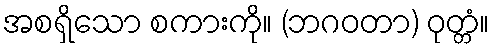
အစရှိသော စကားကို။ (ဘဂဝတာ) ဝုတ္တံ။